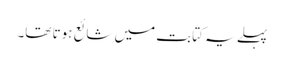
پہلے یہ کتابت میں شائع ہوتا تھا۔